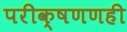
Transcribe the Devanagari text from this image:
परीक्षणणही